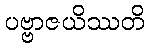
ပဗ္ဗာဇယိဿတိ